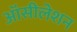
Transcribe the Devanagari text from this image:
ऑसीलेशन